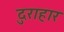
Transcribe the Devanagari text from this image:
दुराहार